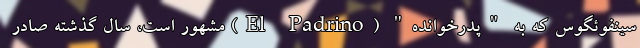
سینفوئگوس که به "پدرخوانده" (El Padrino) مشهور است، سال گذشته صادر